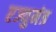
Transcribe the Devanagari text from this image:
एज्युमंत्र